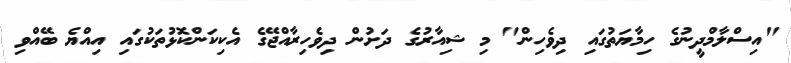
"އިސްލާމްދީނުގެ ހިމާޔަތުގައި ދިވެހިން" މި ޝިއާރުގެ ދަށުން ދިވެހިރާއްޖޭގެ އެކިކަންކޮޅުތަކުގައި އިއްޔެ ބޭއްވި